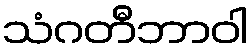
သံဂတီဘာဝါ